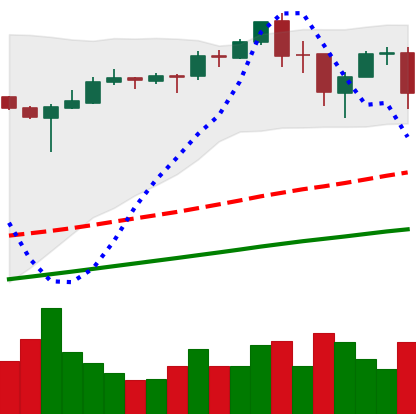
Ticker: BTC-USD
Chart end date: 2017-09-08
Forward return: -8.186%
Label: down_7plus